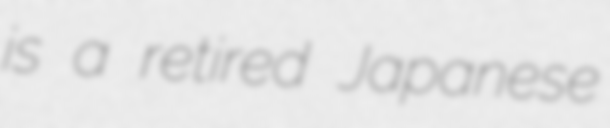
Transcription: is a retired Japanese